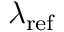
\lambda _ { \mathrm { r e f } }